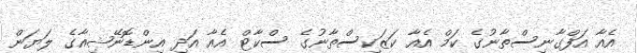
އެއާ އަފްގާނިސްތާނުގެ ކަމް އެއާ ކަޒަކިސްތާނުގެ ސްކާޓް އެއާ އަދި އިންޑޮނޭޝިއާގެ ލަޔަން